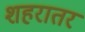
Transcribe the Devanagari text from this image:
शहरातर